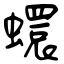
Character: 蠉